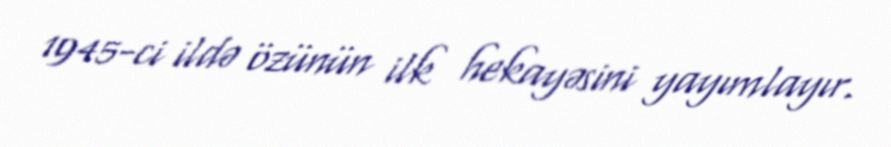
1945-ci ildə özünün ilk hekayəsini yayımlayır.